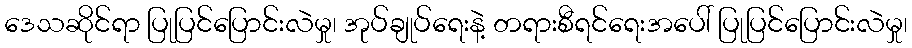
ဒေသဆိုင်ရာ ပြုပြင်ပြောင်းလဲမှု၊ အုပ်ချုပ်ရေးနဲ့ တရားစီရင်ရေးအပေါ် ပြုပြင်ပြောင်းလဲမှု၊